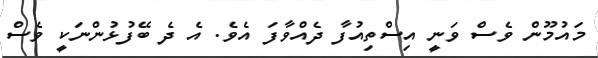
މައުމޫން ވެސް ވަނީ އިސްތިއުފާ ދެއްވާފަ އެވެ. އެ ދެ ބޭފުޅުންނަކީ ވެސް